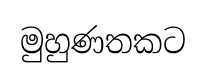
මුහුණතකට